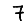
Digit: 7